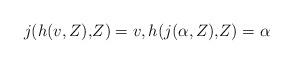
LaTeX: \begin{align*}\begin{aligned}j (h(v,Z),\!Z ) = v, h(j(\alpha,Z),\!Z) = \alpha\end{aligned}\end{align*}